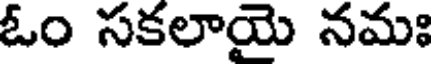
ఓం సకలాయై నమః